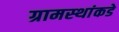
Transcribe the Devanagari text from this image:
ग्रामस्‍थांकडे